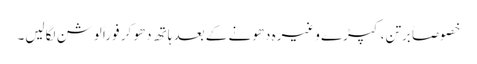
خصوصاً برتن، کپڑے وغیرہ دھونے کے بعد ہاتھ دھو کر فوراً لوشن لگالیں۔